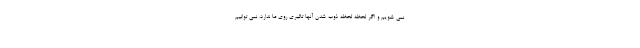
نمی شویم و اگر لحظه لحظه ذوب شدن آنها تاثیری روی ما ندارد، نمی توانیم